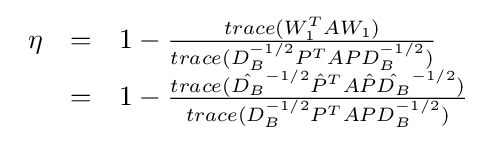
{\begin{array}{lll}\eta &=&1-{\frac {trace(W_{1}^{T}AW_{1})}{trace(D_{B}^{-1/2}P^{T}APD_{B}^{-1/2})}}\\&=&1-{\frac {trace({\hat {D_{B}}}^{-1/2}{\hat {P}}^{T}A{\hat {P}}{\hat {D_{B}}}^{-1/2})}{trace(D_{B}^{-1/2}P^{T}APD_{B}^{-1/2})}}\end{array}}